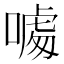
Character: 𠼥